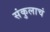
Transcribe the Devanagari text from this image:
संकुलाचं